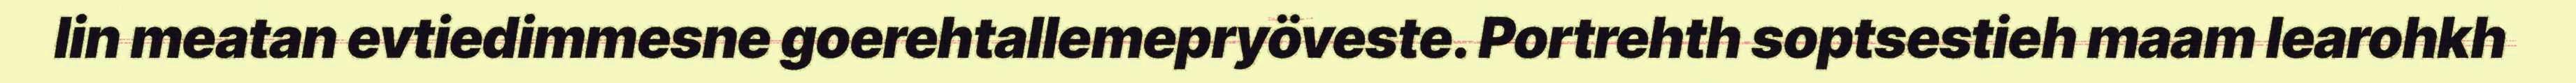
lin meatan evtiedimmesne goerehtallemepryöveste. Portrehth soptsestieh maam learohkh